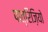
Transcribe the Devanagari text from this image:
पात्रिज़ियो